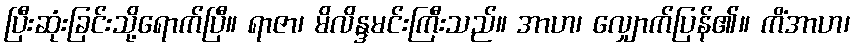
ပြီးဆုံးခြင်းသို့ရောက်ပြီ။ ရာဇာ၊ မိလိန္ဒမင်းကြီးသည်။ အာဟ၊ လျှောက်ပြန်၏။ ကိံအာဟ၊